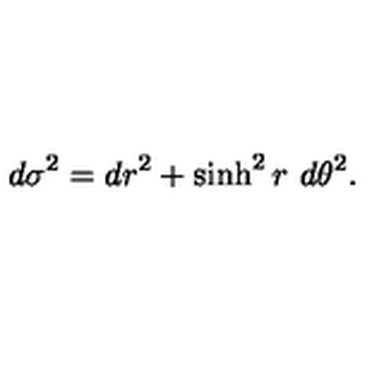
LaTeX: d \sigma ^ { 2 } = d r ^ { 2 } + \sinh ^ { 2 } r \ d \theta ^ { 2 } .